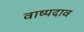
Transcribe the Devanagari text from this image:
वाष्पदाव